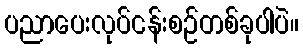
ပညာပေးလုပ်ငန်းစဉ်တစ်ခုပါပဲ။